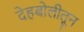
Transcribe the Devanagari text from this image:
देहबोलीतून